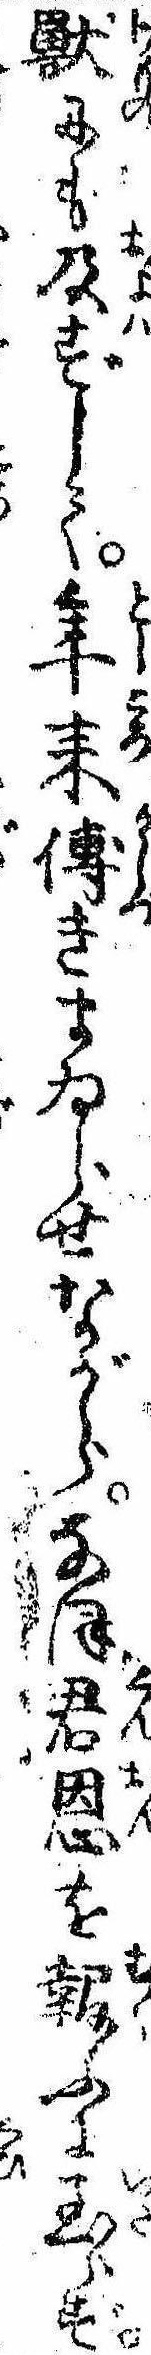
獣にも及ずして年来傅きまゐらせながらなほ君恩を報ふに至らず